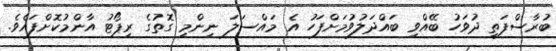
ބުރާސްފަތި ދުވަހު ބޭއްވި ބައްދަލުވުމަށްފަހު އެ މައްސަލަ ނިންމި ގޮތުގެ ރިޕޯޓު އާންމުކޮށްފައެވެ.